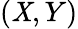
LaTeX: (\mathit{X},Y)